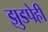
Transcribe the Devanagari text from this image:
झुडपेही